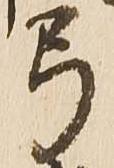
弓